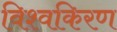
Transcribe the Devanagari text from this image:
विश्वकिरण